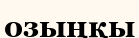
озыңқы